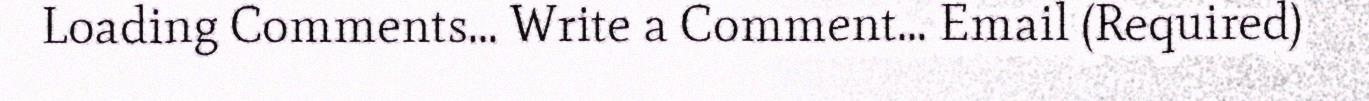
Loading Comments... Write a Comment... Email (Required)